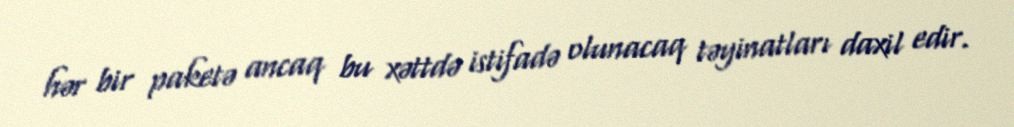
hər bir paketə ancaq bu xəttdə istifadə olunacaq təyinatları daxil edir.